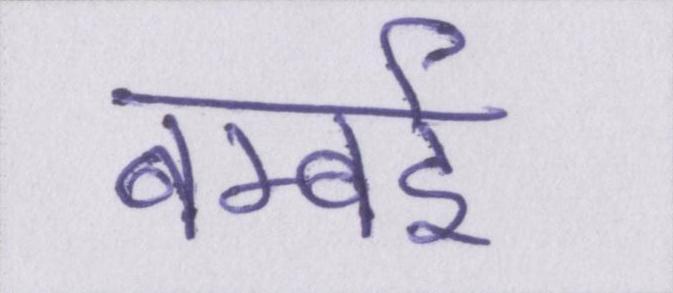
बम्बई